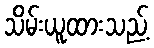
သိမ်းယူထားသည့်